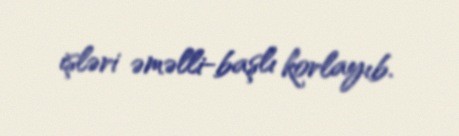
işləri əməlli-başlı korlayıb.